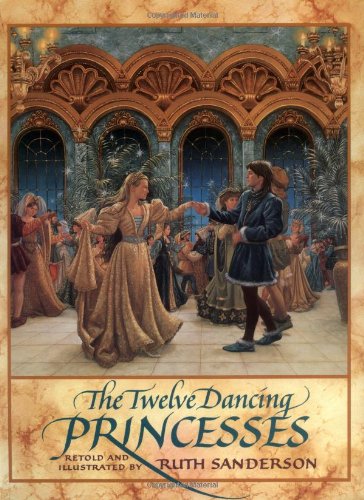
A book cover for The Twelve Dancing Princesses; Ruth Sanderson; Children's Books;